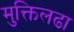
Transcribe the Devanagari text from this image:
मुक्तिलढा